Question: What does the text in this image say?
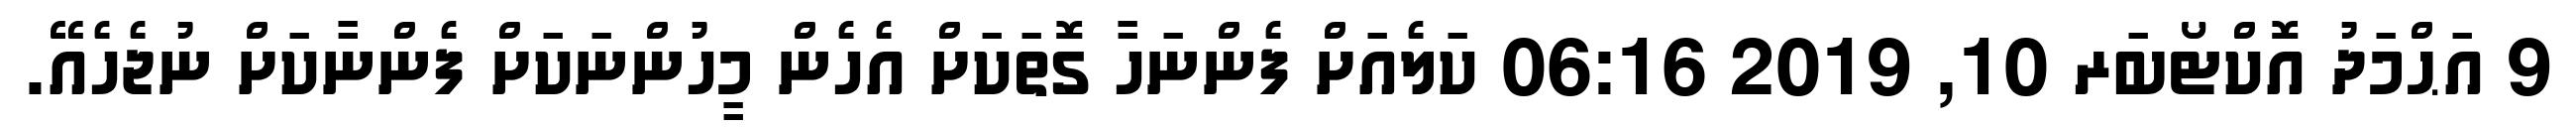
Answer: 9 އަޙްމަދު އޮކްޓޯބަރ 10, 2019 06:16 ކަލެއަށް ފެންނަހާ ގޮތަކަށް އެހެން މީހުންނަކަށް ފެންނާކަށް ނުޖެހެއޭ.